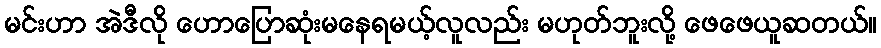
မင်းဟာ အဲဒီလို ဟောပြောဆုံးမနေရမယ့်လူလည်း မဟုတ်ဘူးလို့ ဖေဖေယူဆတယ်။